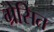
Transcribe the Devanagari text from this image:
ग्रेसित